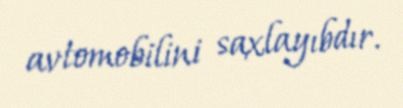
avtomobilini saxlayıbdır.